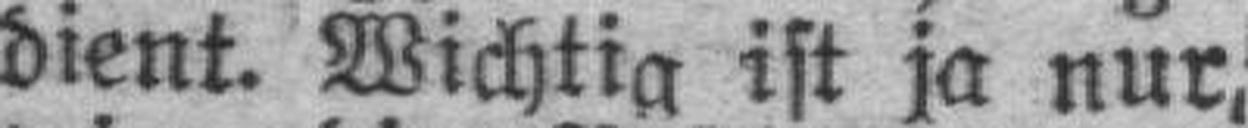
dient. Wichtig ist ja nur,